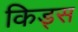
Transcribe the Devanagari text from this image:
किड्‍स